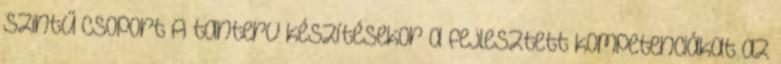
szintű csoport A tanterv készítésekor a fejlesztett kompetenciákat az